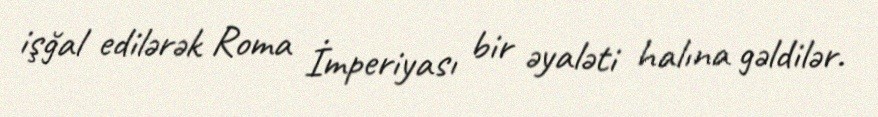
işğal edilərək Roma İmperiyası bir əyaləti halına gəldilər.